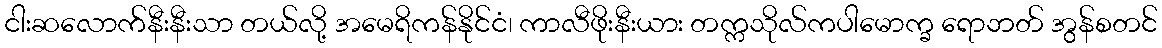
ငါးဆလောက်နီးနီးသာ တယ်လို့ အမေရိကန်နိုင်ငံ၊ ကာလီဖိုးနီးယား တက္ကသိုလ်ကပါမောက္ခ ရောဘတ် အွန်စတင်